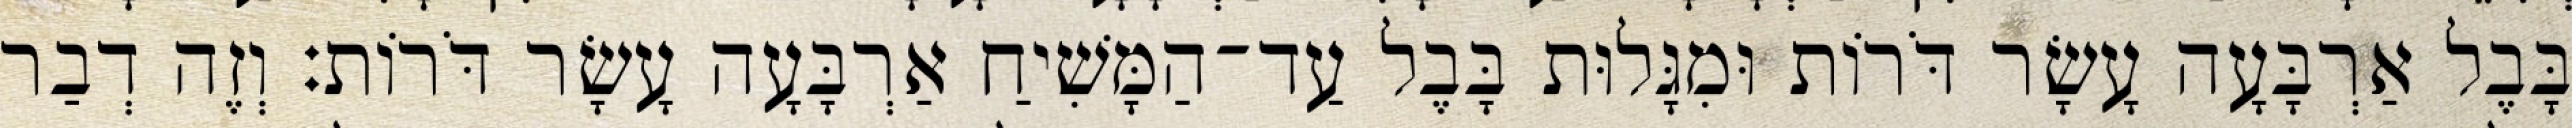
בָּבֶל אַרְבָּעָה עָשָׂר דֹּרוֹת וּמִגָּלוּת בָּבֶל עַד־הַמָּשִׁיחַ אַרְבָּעָה עָשָׂר דֹּרוֹת׃ וְזֶה דְבַר